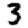
Digit: 3